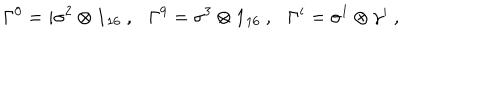
\Gamma ^ { 0 } = i \sigma ^ { 2 } \otimes { \bf 1 } _ { 1 6 } ~ , \Gamma ^ { 9 } = \sigma ^ { 3 } \otimes { \bf 1 } _ { 1 6 } ~ , \Gamma ^ { i } = \sigma ^ { 1 } \otimes \gamma ^ { i } ~ ,